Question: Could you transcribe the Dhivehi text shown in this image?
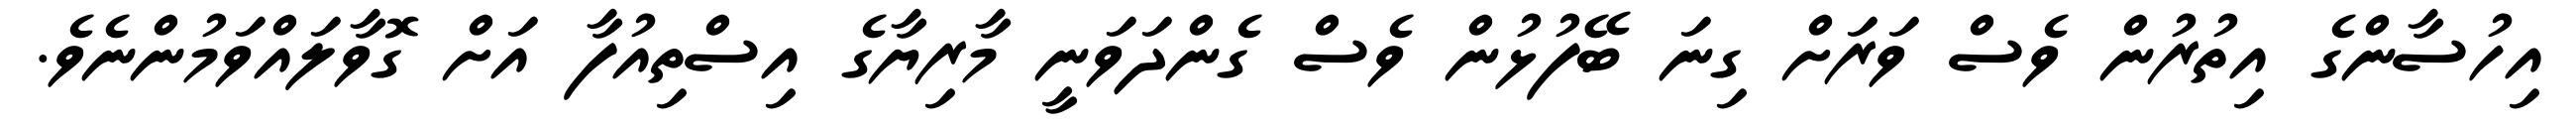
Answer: އިހުސާންގެ އިތުރުން ވެސް ވަރަށް ގިނަ ބޭފުޅުން ވެސް ގެންދަވަނީ މާރިޔާގެ އިސްތިއުފާ އަށް ގޮވާލައްވަމުންނެވެ.